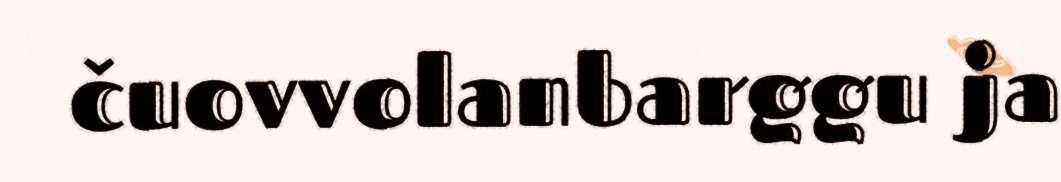
čuovvolanbarggu ja